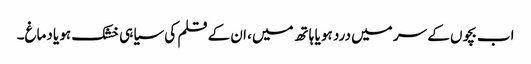
اب بچوں کے سر میں درد ہو یا ہاتھ میں، ان کے قلم کی سیاہی خشک ہو یا دماغ۔